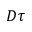
D \tau